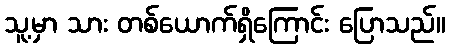
သူ့မှာ သား တစ်ယောက်ရှိကြောင်း ပြောသည်။